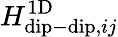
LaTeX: H_{\mathrm{dip-dip},ij}^{\mathrm{1D}}